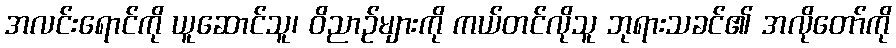
အလင်းရောင်ကို ယူဆောင်သူ၊ ဝိညာဉ်များကို ကယ်တင်လိုသူ ဘုရားသခင်၏ အလိုတော်ကို